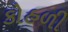
કોહળી